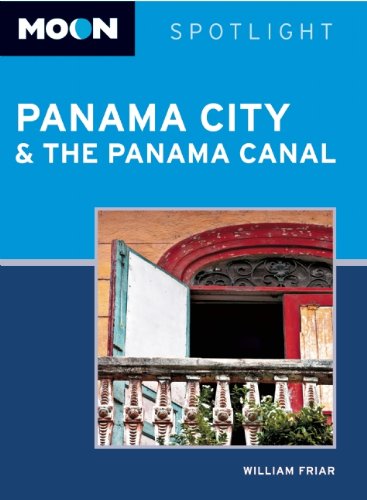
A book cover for Moon Spotlight Panama City & the Panama Canal; William Friar; Travel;